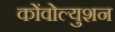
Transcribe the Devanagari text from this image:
कोंवोल्युशन